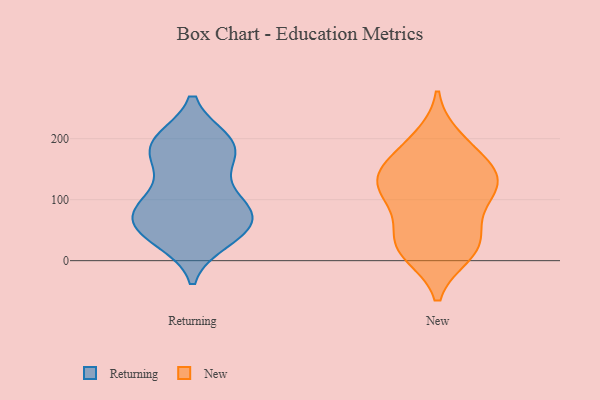
{"axis": {"x": "Churn Rate (%)", "y": "Value"}, "legend": ["New", "Returning"], "data": [{"x": "", "y": 37, "type": "Returning"}, {"x": "", "y": 75, "type": "Returning"}, {"x": "", "y": 182, "type": "Returning"}, {"x": "", "y": 98, "type": "Returning"}, {"x": "", "y": 87, "type": "Returning"}, {"x": "", "y": 39, "type": "Returning"}, {"x": "", "y": 94, "type": "Returning"}, {"x": "", "y": 165, "type": "Returning"}, {"x": "", "y": 198, "type": "Returning"}, {"x": "", "y": 142, "type": "Returning"}, {"x": "", "y": 54, "type": "Returning"}, {"x": "", "y": 196, "type": "Returning"}, {"x": "", "y": 197, "type": "Returning"}, {"x": "", "y": 33, "type": "Returning"}, {"x": "", "y": 166, "type": "Returning"}, {"x": "", "y": 197, "type": "Returning"}, {"x": "", "y": 74, "type": "Returning"}, {"x": "", "y": 92, "type": "Returning"}, {"x": "", "y": 69, "type": "Returning"}, {"x": "", "y": 49, "type": "Returning"}, {"x": "", "y": 30, "type": "New"}, {"x": "", "y": 126, "type": "New"}, {"x": "", "y": 159, "type": "New"}, {"x": "", "y": 44, "type": "New"}, {"x": "", "y": 200, "type": "New"}, {"x": "", "y": 13, "type": "New"}, {"x": "", "y": 30, "type": "New"}, {"x": "", "y": 12, "type": "New"}, {"x": "", "y": 147, "type": "New"}, {"x": "", "y": 123, "type": "New"}, {"x": "", "y": 187, "type": "New"}, {"x": "", "y": 136, "type": "New"}, {"x": "", "y": 129, "type": "New"}, {"x": "", "y": 97, "type": "New"}, {"x": "", "y": 93, "type": "New"}]}